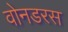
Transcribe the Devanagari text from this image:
वोनडरस